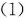
(1)